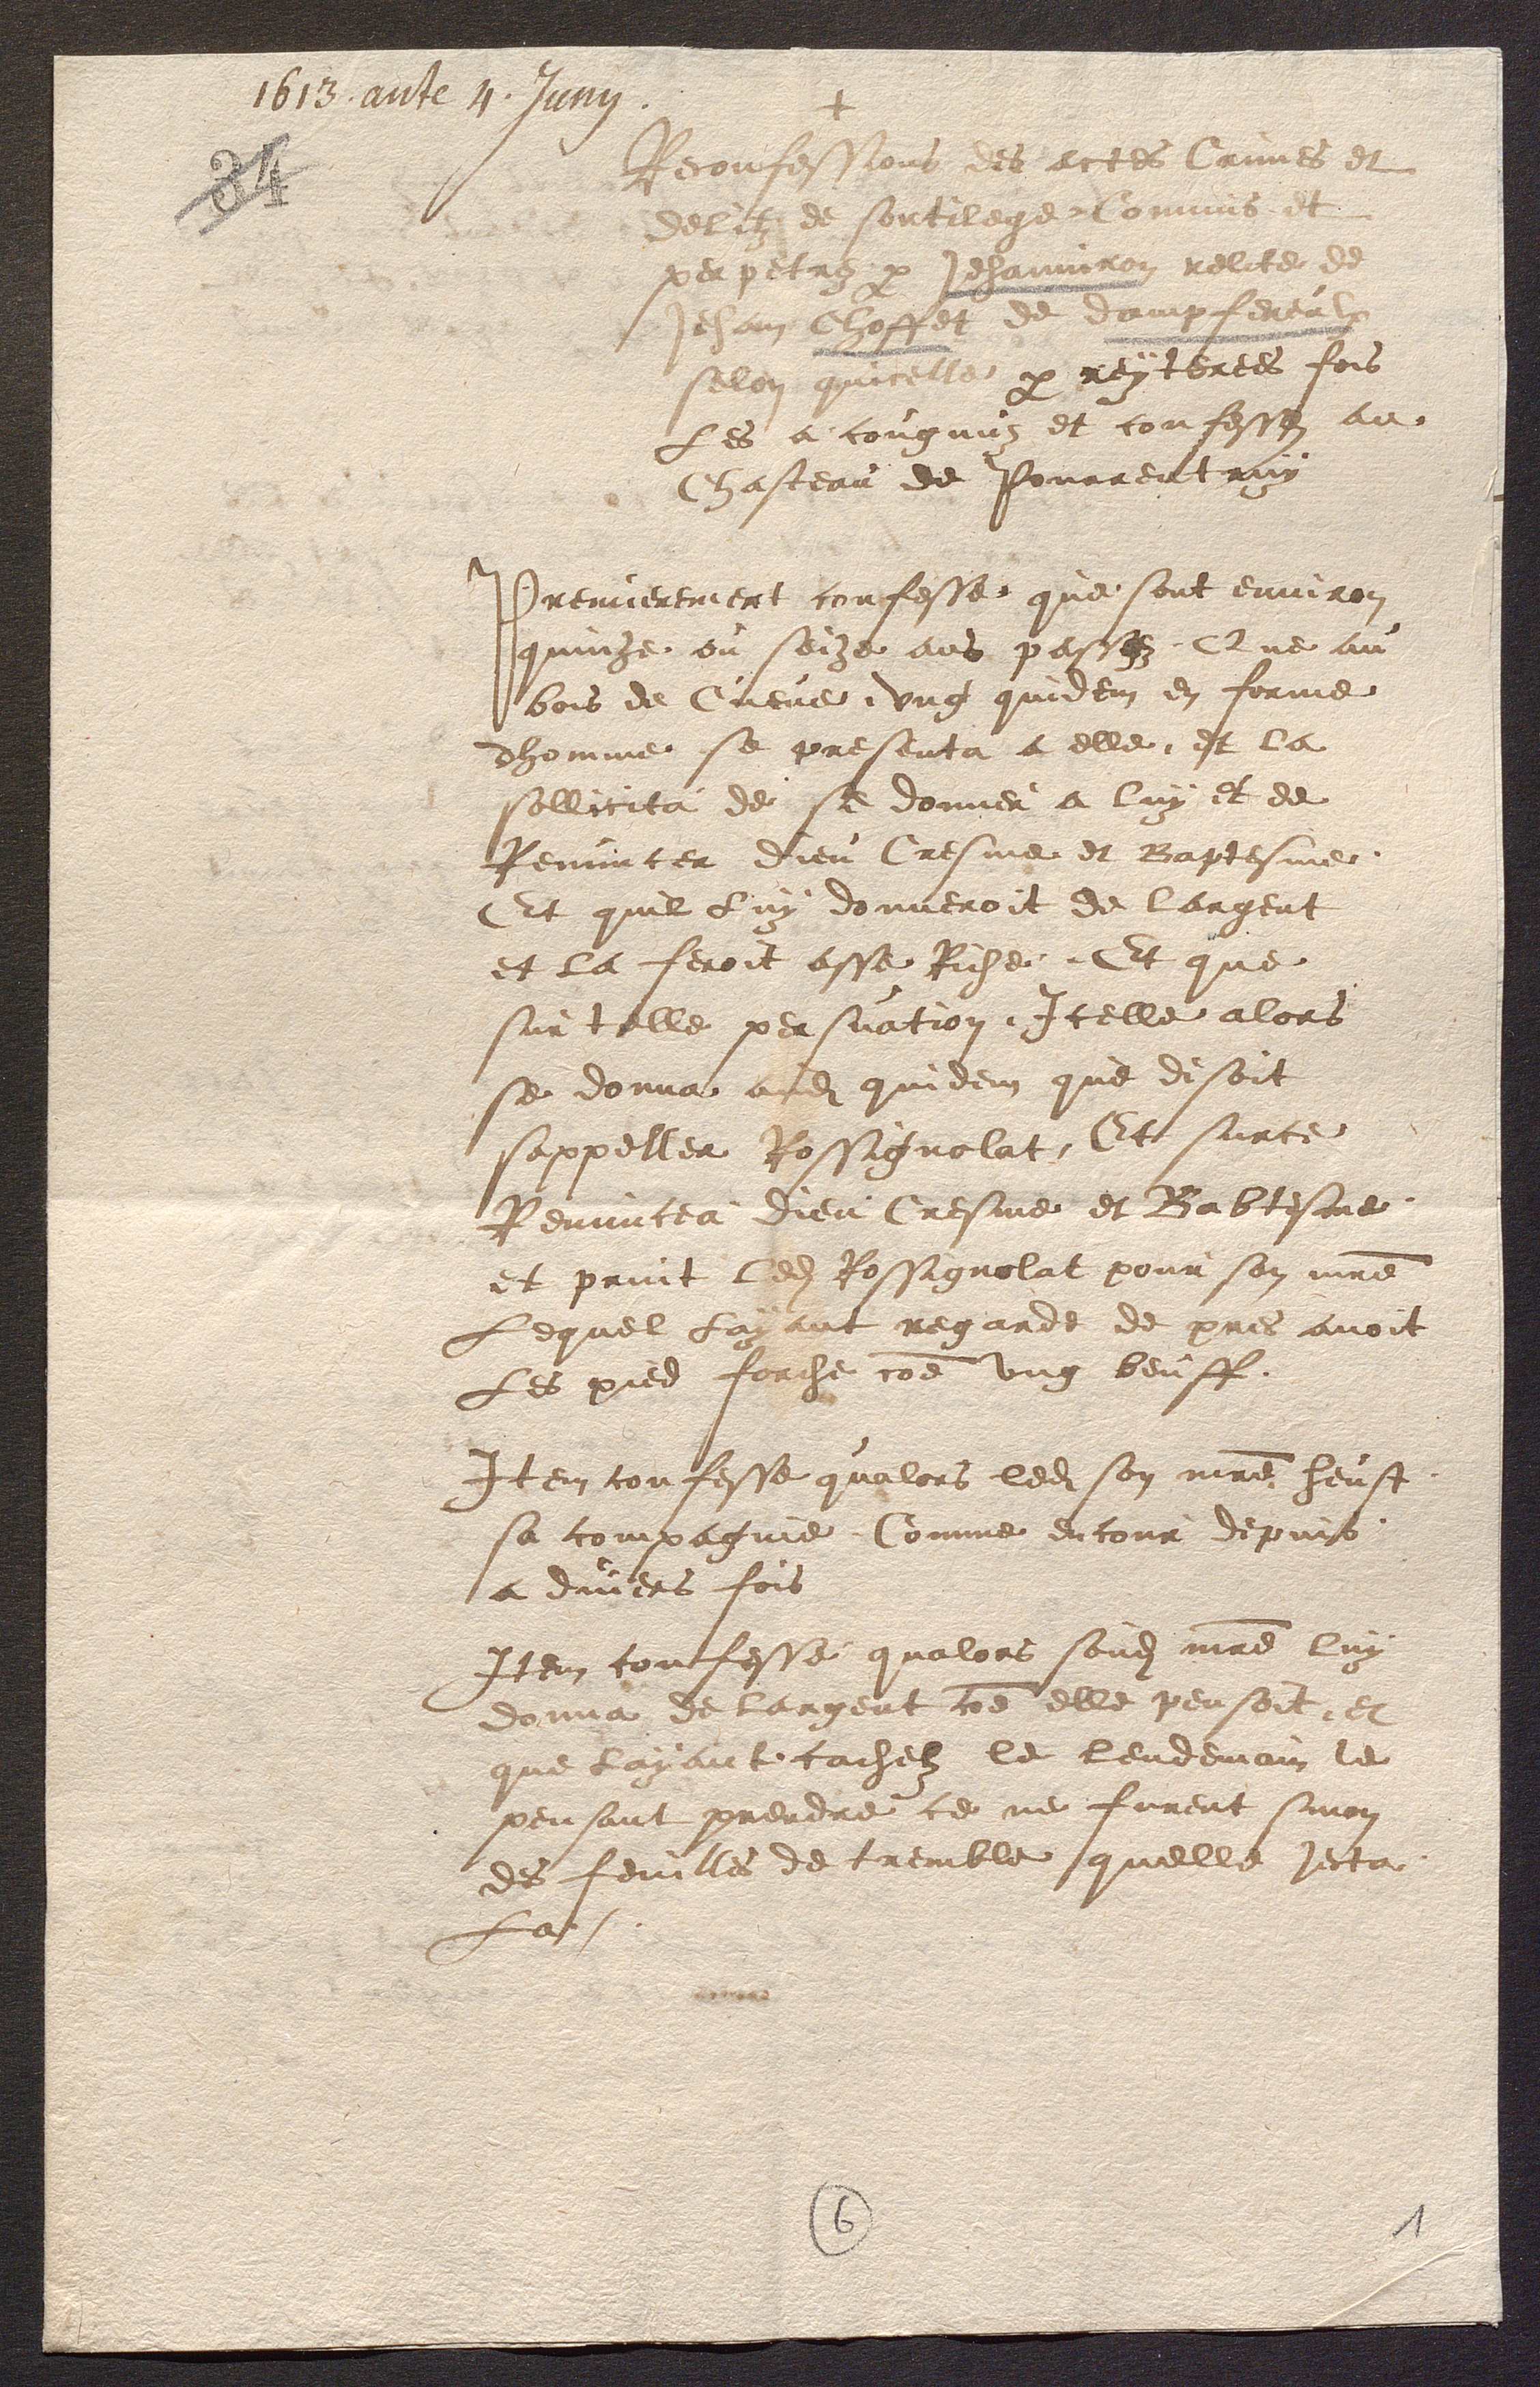
+
Reconfessions des actes Crimes et
delitz de sortilege Commis et
perpetre par Jehanniron relite de
Jehan Choffet de dampfereulx
selon quicelle par rentertes fois
les a cougnuz et confesses au
Chasteau de Pourrentruy
Premierement confesse que sont environ
quinze ou seize ans pacsez Que au
bois de Cueve ung quidem en forme
dhomme se presenta a elle et la
sollicita de se donner a luy et de
Renuncer Dieu Cresme et Baptesme
Et quil luy donneroit de largent
et la feroit asse Riche Et que
sur telle persuation Icelle alors
se donna audit quidem que disoit
sappeller Rossignolat, Et surce
Renuncea dieu Cresme et Babtesme
et print ledit Rossignolat pour son maitre
Lequel Layant regardé de pres avoit
Les pis forche comme ung beuff
Item confesse qualors ledit son maitre heust
sa compagnie Comme encour depuis
a dviers fois
Item confesse qualors sondit maitre luy
donna de largent comme elle pensoit et
que layant cachelz le lendemain le
pensant prendre ce ne furent sinon
des feuilles de tremble quelle jecta
la